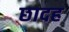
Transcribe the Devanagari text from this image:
छादह